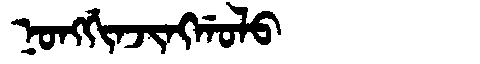
Manchu: ᠨᠣᠩᡤᡳᠨᠵᡳᠩᡤᠣᠯᠣ
Romanization: NONGGINJINGGOLO